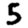
Digit: 5